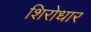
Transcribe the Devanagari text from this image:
शिरोधार